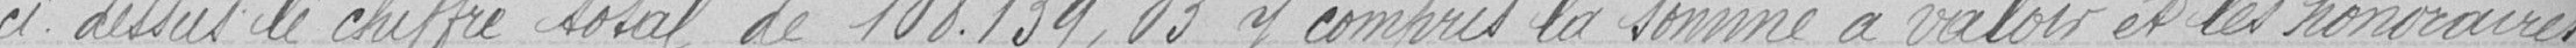
ci- dessus, le chiffre total de 108.139,03 y compris la somme à valoir et les honoraires